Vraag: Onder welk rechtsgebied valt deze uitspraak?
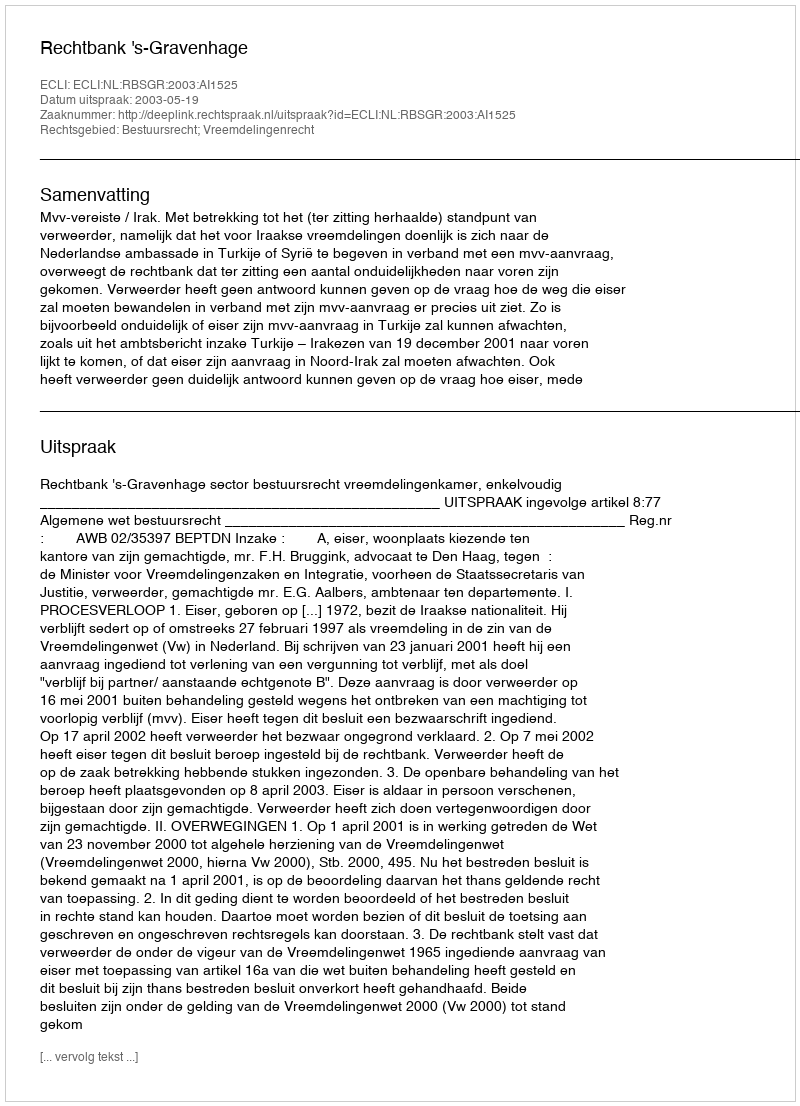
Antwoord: Bestuursrecht; Vreemdelingenrecht